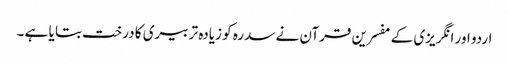
اردو اور انگریزی کے مفسرین قرآن نے سدرہ کو زیادہ تر بیری کا درخت بتا یا ہے ۔